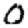
Digit: 0